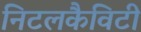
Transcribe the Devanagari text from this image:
निटलकैविटी